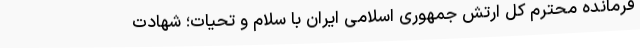
فرمانده محترم کل ارتش جمهوری اسلامی ایران با سلام و تحیات؛ شهادت